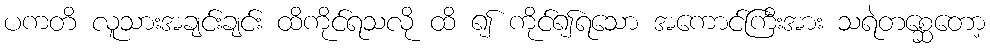
ပကတိ လူသားအချင်းချင်း ထိကိုင်ရသလို ထိ ၍ ကိုင်၍ရသော အကောင်ကြီးအား သရဲတစ္ဆေတော့